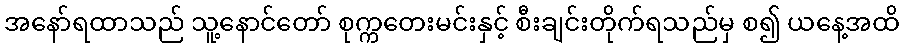
အနော်ရထာသည် သူ့နောင်တော် စုက္ကတေးမင်းနှင့် စီးချင်းတိုက်ရသည်မှ စ၍ ယနေ့အထိ